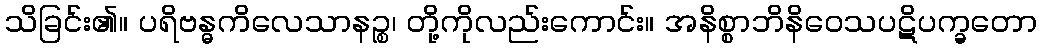
သိခြင်း၏။ ပရိဗန္ဓကိလေသာနဉ္စ၊ တို့ကိုလည်းကောင်း။ အနိစ္စာဘိနိဝေသပဋိပက္ခတော